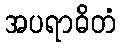
အပရာဓိတံ